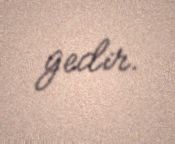
gedir.